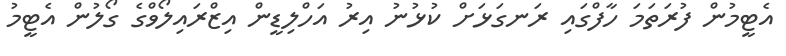
އެޓީމުން ފުރަތަމަ ހާފްގައި ރަނގަޅަށް ކުޅުނު އިރު އަހްލިޑީން އިޒްރައިލޯވްގެ ގޯލުން އެޓީމު